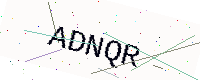
Text: ADNQR